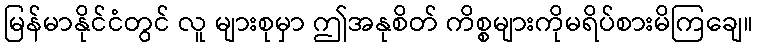
မြန်မာနိုင်ငံတွင် လူ များစုမှာ ဤအနုစိတ် ကိစ္စများကိုမရိပ်စားမိကြချေ။